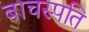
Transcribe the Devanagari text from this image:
बाचस्पति